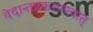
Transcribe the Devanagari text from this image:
वेदान्तप्रकरणत्वात्